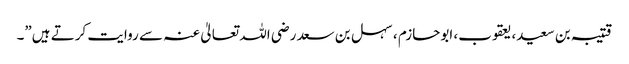
قتیبہ بن سعید، یعقوب، ابوحازم ، سہل بن سعد رضی اللہ تعالیٰ عنہ سے روایت کرتے ہیں”۔